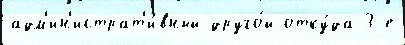
адм'ин'истрат'и́вный друго́й отку́да 3-е